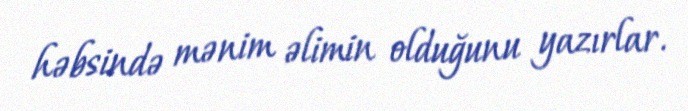
həbsində mənim əlimin olduğunu yazırlar.